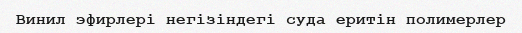
Винил эфирлері негізіндегі суда еритін полимерлер